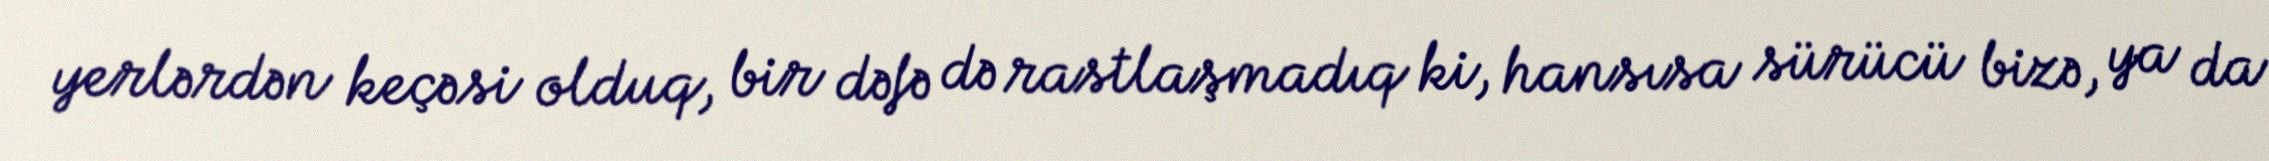
yerlərdən keçəsi olduq, bir dəfə də rastlaşmadıq ki, hansısa sürücü bizə, ya da